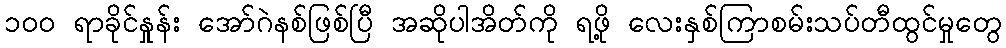
၁၀၀ ရာခိုင်နှုန်း အော်ဂဲနစ်ဖြစ်ပြီ အဆိုပါအိတ်ကို ရဖို့ လေးနှစ်ကြာစမ်းသပ်တီထွင်မှုတွေ